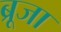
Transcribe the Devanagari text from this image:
ब्रूजा